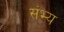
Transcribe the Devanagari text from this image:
संभ्य